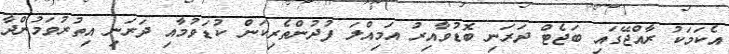
އެކަމަކު ރާއްޖޭގައި ބަޖެޓް ދަރަނި ބޮޑުވާއިރު އަމިއްލަ ފުދުންތެރިކަން ކުޑަވުމާއި ދަރަނި އިތުރުވަމުންދާ